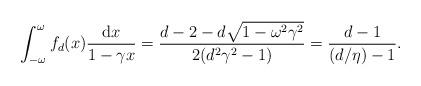
LaTeX: \begin{align*}\int_{-\omega}^{\omega}f_d(x)\frac{\mathrm{d}x}{1-\gamma x}=\frac{d-2-d\sqrt{1-\omega^2\gamma^2}}{2(d^2\gamma^2-1)}=\frac{d-1}{(d/\eta)-1}.\end{align*}